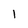
Character: l